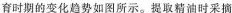
育时期的变化趋势如图所示。提取精油时采摘